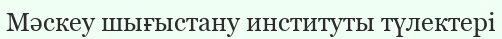
Мәскеу шығыстану институты түлектері